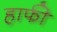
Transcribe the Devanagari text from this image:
हाफी